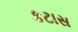
કટાસ